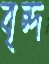
বৃন্দ